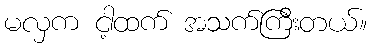
မလှက ငါ့ထက် အသက်ကြီးတယ်။